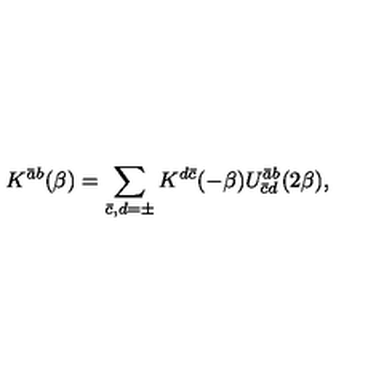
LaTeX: K ^ { \bar { a } b } ( \beta ) = \sum _ { \bar { c } , d = \pm } K ^ { d \bar { c } } ( - \beta ) U _ { \bar { c } d } ^ { \bar { a } b } ( 2 \beta ) ,